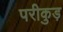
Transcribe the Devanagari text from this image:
परीकुड़